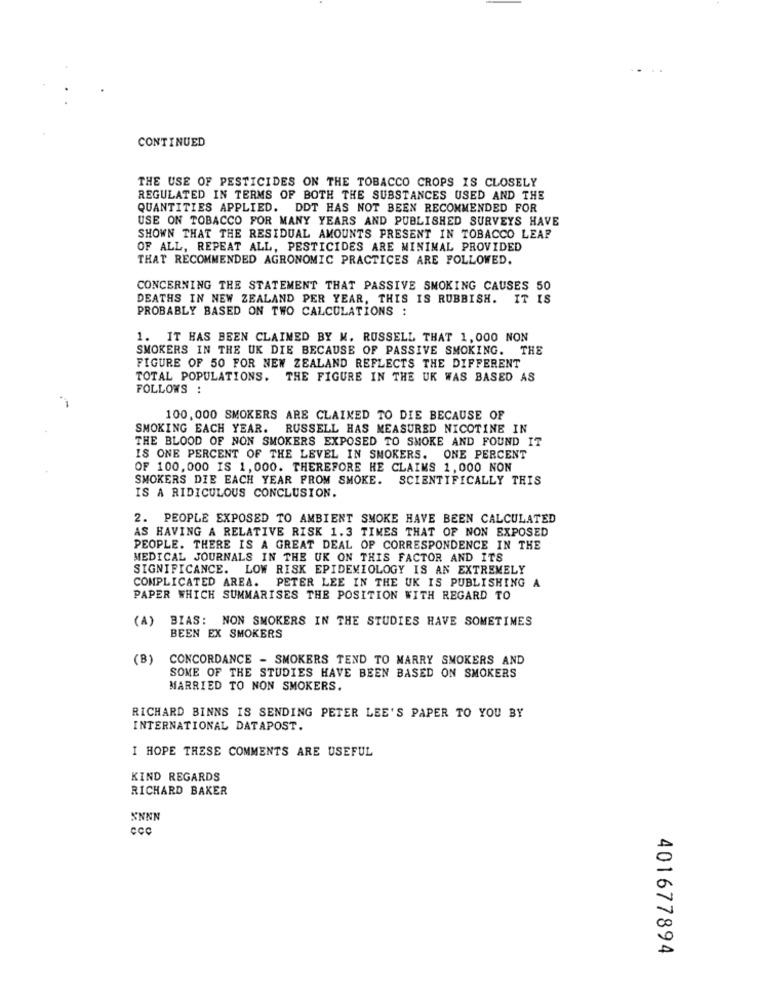
CONTINUED
THE USE OF PESTICIDES ON THE TOBACCO CROPS IS CLOSELY
REGULATED IN TERMS OF BOTH THE SUBSTANCES USED AND THE
QUANTITIES APPLIED. DDT HAS NOT BEEN RECOMMENDED FOR
USE ON TOBACCO FOR MANY YEARS AND PUBLISHED SURVEYS HAVE
SHOWN THAT THE RESIDUAL AMOUNTS PRESENT IN TOBACCO LEAP
OF ALL, REPEAT ALL, PESTICIDES ARE MINIMAL PROVIDED
THAT RECOMMENDED AGRONOMIC PRACTICES ARE FOLLOWED.
CONCERNING THE STATEMENT THAT PASSIVE SMOKING CAUSES 50
DEATHS IN NEW ZEALAND PER YEAR, THIS IS RUBBISH. IT IS
PROBABLY BASED ON TWO CALCULATIONS :
1. IT HAS BEEN CLAIMED BY M. RUSSELL THAT 1, 000 NON
SMOKERS IN THE UK DIE BECAUSE OF PASSIVE SMOKING. THE
FIGURE OF 50 FOR NEW ZEALAND REFLECTS THE DIFFERENT
TOTAL POPULATIONS. THE FIGURE IN THE UK WAS BASED AS
FOLLOWS :
100. 000 SMOKERS ARE CLAIMED TO DIE BECAUSE OF
SMOKING EACH YEAR. RUSSELL HAS MEASURED NICOTINE IN
THE BLOOD OF NON SMOKERS EXPOSED TO SMOKE AND FOUND IT
IS ONE PERCENT OF THE LEVEL IN SMOKERS. ONE PERCENT
OF 100,000 IS 1,000. THEREFORE HE CLAIMS 1,000 NON
SMOKERS DIE EACH YEAR FROM SMOKE. SCIENTIFICALLY THIS
IS A RIDICULOUS CONCLUSION.
2. PEOPLE EXPOSED TO AMBIENT SMOKE HAVE BEEN CALCULATED
AS HAVING A RELATIVE RISK 1.3 TIMES THAT OF NON EXPOSED
PEOPLE. THERE IS A GREAT DEAL OF CORRESPONDENCE IN THE
MEDICAL JOURNALS IN THE UK ON THIS FACTOR AND ITS
SIGNIFICANCE. LOW RISK EPIDEMIOLOGY IS AN EXTREMELY
COMPLICATED AREA. PETER LEE IN THE UK IS PUBLISHING A
PAPER WHICH SUMMARISES THE POSITION WITH REGARD TO
(A) BIAS: NON SMOKERS IN THE STUDIES HAVE SOMETIMES
BEEN EX SMOKERS
(B)
CONCORDANCE - SMOKERS TEND TO MARRY SMOKERS AND
SOME OF THE STUDIES HAVE BEEN BASED ON SMOKERS
MARRIED TO NON SMOKERS.
RICHARD BINNS IS SENDING PETER LEE'S PAPER TO YOU BY
INTERNATIONAL DATAPOST.
I HOPE THESE COMMENTS ARE USEFUL
KIND REGARDS
RICHARD BAKER
NNNN
ccc
401677894